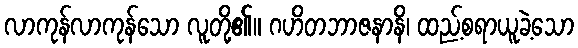
လာကုန်လာကုန်သော လူတို့၏။ ဂဟိတဘာဇနာနိ၊ ထည့်စရာယူခဲ့သော